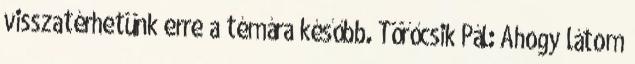
visszatérhetünk erre a témára később. Törőcsik Pál: Ahogy látom